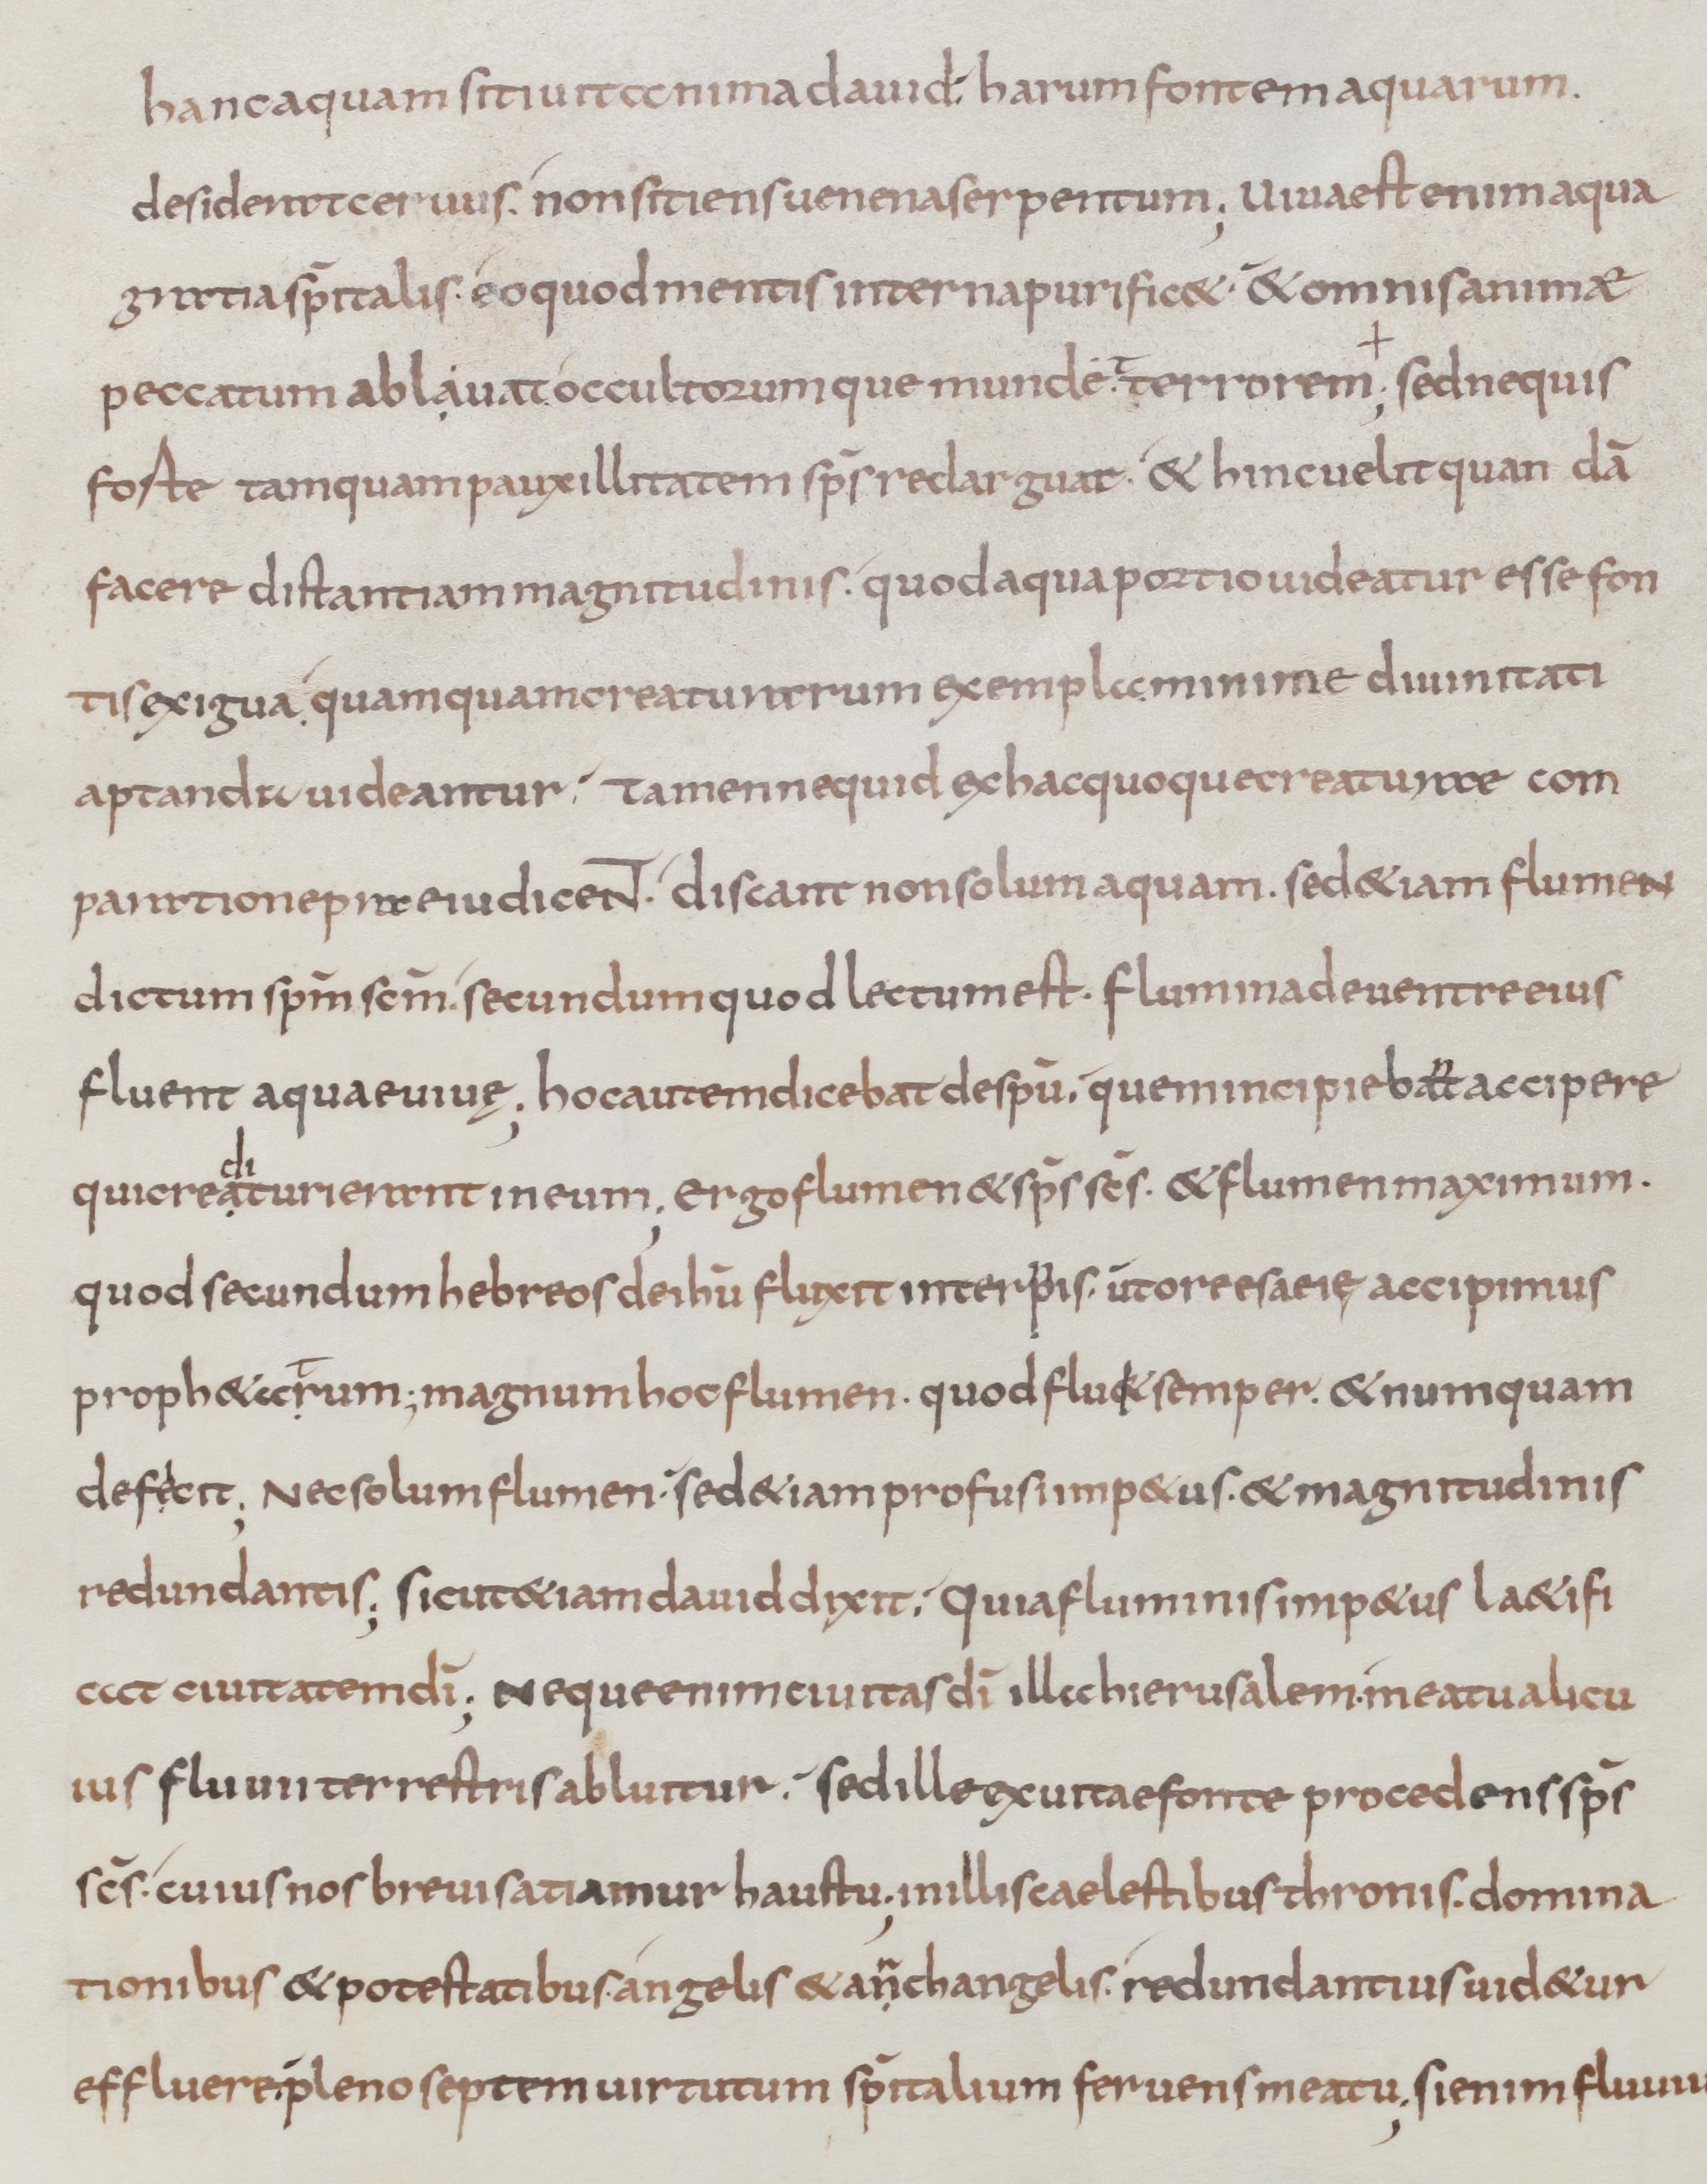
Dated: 800–899